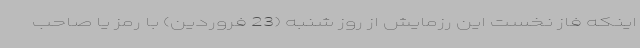
اینکه فاز نخست این رزمایش از روز شنبه (23 فروردین) با رمز یا صاحب